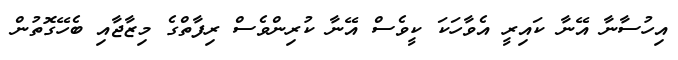
އިހުސާނާ އޭނާ ކައިރީ އެވާހަކަ ކީވެސް އޭނާ ކުރިންވެސް ރިފާތްގެ މިޒާޖާއި ބެހޭގޮތުން